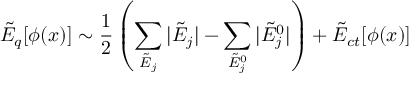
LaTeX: \tilde { \cal E } _ { q } [ \phi ( x ) ] \sim \frac { 1 } { 2 } \left( \sum _ { \tilde { E } _ { j } } | \tilde { E } _ { j } | - \sum _ { \tilde { E } _ { j } ^ { 0 } } | \tilde { E } _ { j } ^ { 0 } | \right) + \tilde { \cal E } _ { c t } [ \phi ( x ) ]